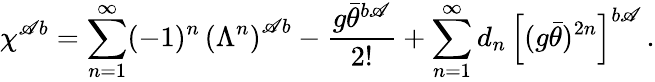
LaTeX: \chi^{\mathscr{A}b}=\sum_{n=1}^{\infty}(-1)^{n}\, \left(\Lambda^{n}\right)^{\mathscr{A}b}-\frac{{g\bar{{\theta}}^{b\mathscr{A}}}}{{2!}}+\sum_{n=1}^{\infty}d_{n}\, \left[(g\bar{{\theta}})^{2n}\right]^{b\mathscr{A}}\, .